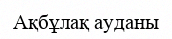
Ақбұлақ ауданы